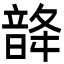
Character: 𩐨